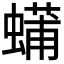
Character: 𮔴